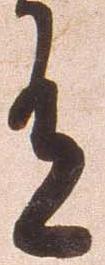
有